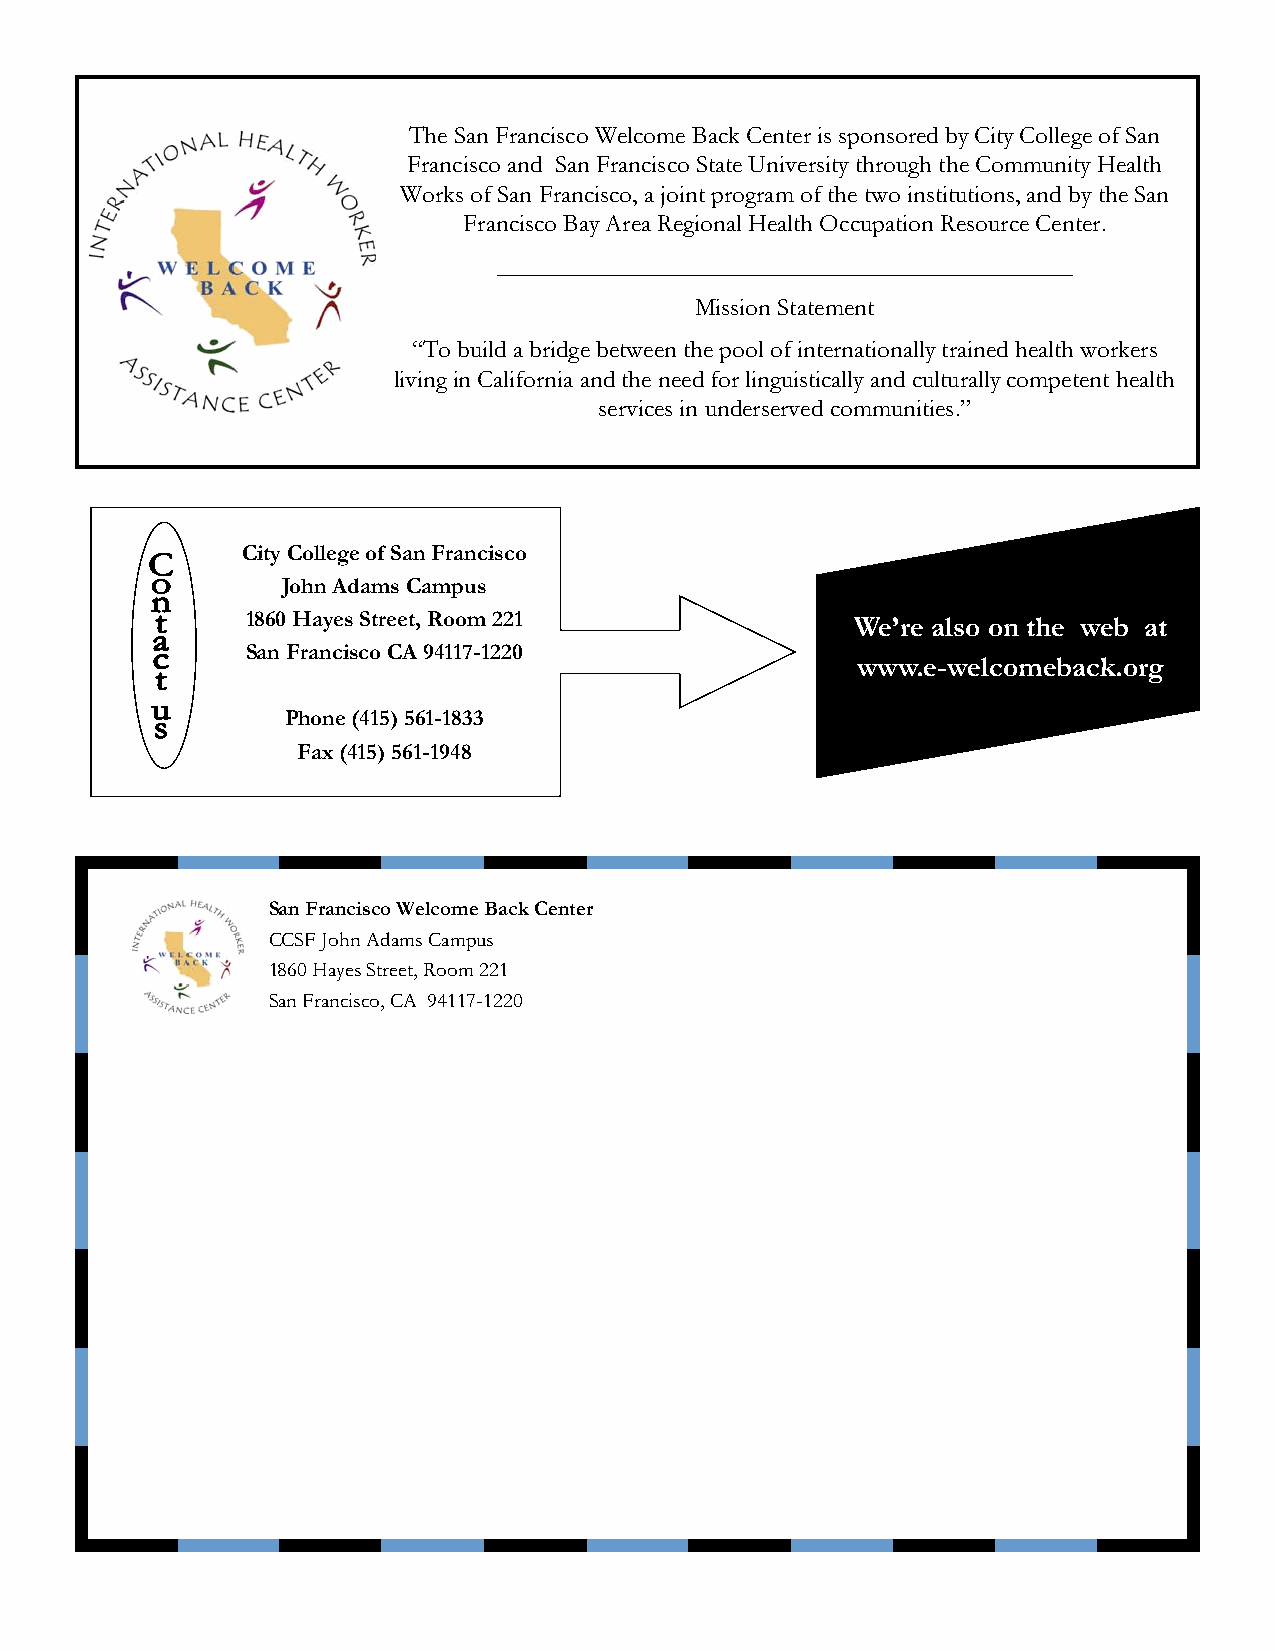
The San Francisco Welcome Back Center is sponsored by City College of San
 Francisco and San Francisco State University through the Community Health
 Works of San Francisco, a joint program of the two institutions, and by the San
 Francisco Bay Area Regional Health Occupation Resource Center.
 ______________________________________________
 Mission Statement
 “To build a bridge between the pool of internationally trained health workers
 living in California and the need for linguistically and culturally competent health
 services in underserved communities.”
 City College of San Francisco
 John Adams Campus
 1860 Hayes Street, Room 221              We’re also on the web at
 San Francisco CA 94117-1220
 www.e-welcomeback.org
 Phone (415) 561-1833
 Fax (415) 561-1948
 San Francisco Welcome Back Center
 CCSF John Adams Campus
 1860 Hayes Street, Room 221
 San Francisco, CA 94117-1220